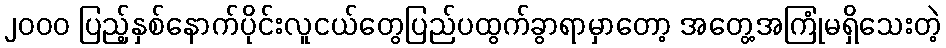
၂၀၀၀ ပြည့်နှစ်နောက်ပိုင်းလူငယ်တွေပြည်ပထွက်ခွာရာမှာတော့ အတွေ့အကြုံမရှိသေးတဲ့